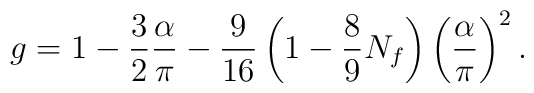
g = 1 - {3 \over 2} {\alpha \over \pi} - {9 \over 16} \left(1-{8 \over 9} N_f \right) \left( {\alpha \over \pi} \right)^2.